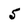
Character: 5